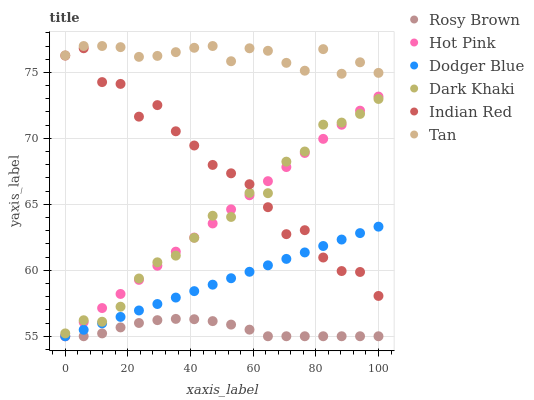
| xaxis_label | Rosy Brown | Hot Pink | Dodger Blue | Dark Khaki | Indian Red | Tan |
 | --- | --- | --- | --- | --- | --- | --- |
 | 0 | 55 | 55 | 55 | 55.2 | 76.3 | 76.3 |
 | 5.88 | 55 | 56.1 | 55.5 | 56.2 | 76.8 | 77 |
 | 11.8 | 55.2 | 57.1 | 56 | 56.1 | 74.3 | 77 |
 | 17.6 | 55.7 | 58.2 | 56.5 | 57.2 | 74.1 | 76.9 |
 | 23.5 | 56 | 59.3 | 57 | 59.4 | 71.6 | 76.2 |
 | 29.4 | 56.2 | 60.3 | 57.4 | 60.6 | 72.5 | 76.3 |
 | 35.3 | 56.3 | 61.4 | 57.9 | 61.1 | 70.5 | 76.5 |
 | 41.2 | 56.3 | 62.5 | 58.4 | 62.5 | 69.5 | 76.9 |
 | 47.1 | 56.1 | 63.5 | 58.9 | 64.1 | 68 | 77 |
 | 52.9 | 55.9 | 64.6 | 59.4 | 64 | 67.4 | 75.8 |
 | 58.8 | 55.5 | 65.7 | 59.9 | 65.9 | 66.5 | 76.8 |
 | 64.7 | 55 | 66.8 | 60.4 | 65.8 | 64.8 | 76.6 |
 | 70.6 | 55 | 67.8 | 60.9 | 68.2 | 62.7 | 75.7 |
 | 76.5 | 55 | 68.9 | 61.4 | 69 | 63 | 75.1 |
 | 82.4 | 55 | 70 | 61.8 | 71 | 61 | 76.8 |
 | 88.2 | 55 | 71 | 62.3 | 71.2 | 59.9 | 74.9 |
 | 94.1 | 55 | 72.1 | 62.8 | 71.9 | 59.9 | 75.8 |
 | 100 | 55 | 73.2 | 63.3 | 73 | 58.1 | 75 |